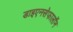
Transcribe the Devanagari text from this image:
डाइएनसेफालॉन